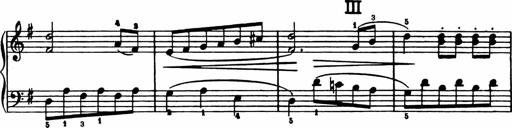
Title: Analytical Sonatinas
Composer: Frank Lynes